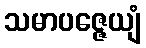
သမာပဇ္ဇေယျံ